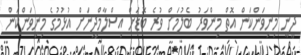
ދީނީ މިނިވަންކަން އޮތް މިންވަރު ބެލުމަށް ވުރެ ބޮޑަށް އިސްލާމްދީނަށް އުޅުމުގެ މިނިވަންކަން